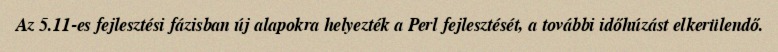
Az 5.11-es fejlesztési fázisban új alapokra helyezték a Perl fejlesztését, a további időhúzást elkerülendő.